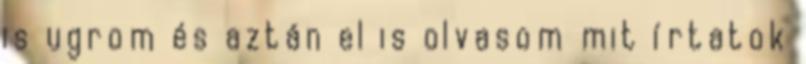
is ugrom és aztán el is olvasom mit írtatok